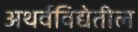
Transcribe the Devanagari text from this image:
अथर्वविद्येतील